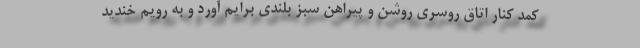
کمد کنار اتاق روسری روشن و پیراهن سبز بلندی برایم آورد و به رویم خندید